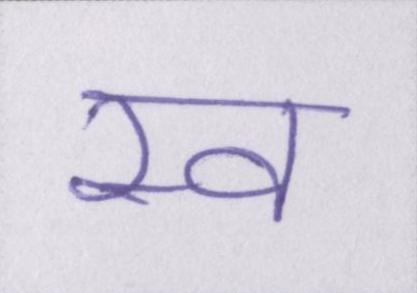
स्व